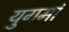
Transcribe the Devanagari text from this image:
युगमां